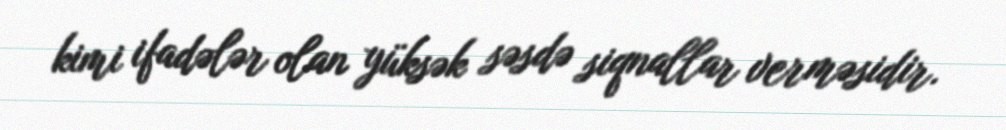
kimi ifadələr olan yüksək səsdə siqnallar verməsidir.